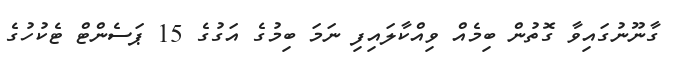
ގާނޫނުގައިވާ ގޮތުން ބިމެއް ވިއްކާލައިފި ނަމަ ބިމުގެ އަގުގެ 15 ޕަސެންޓް ޓެކުހުގެ